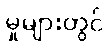
မှုများတွင်